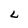
Character: L